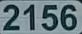
2156